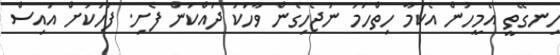
ހިނގޭތީ އެމީހުން އެކަމާ ހިތްހަމަ ނުޖެހިގެން ވާހަކަ ދައްކަން ފެށި. ފަހަކަށް އައިސް